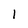
Character: 1